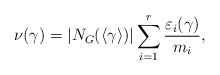
\begin{align*}\nu(\gamma)=|N_G(\langle \gamma \rangle)| \sum\limits_{i=1}^r \frac{\varepsilon_i(\gamma)}{m_i},\end{align*}